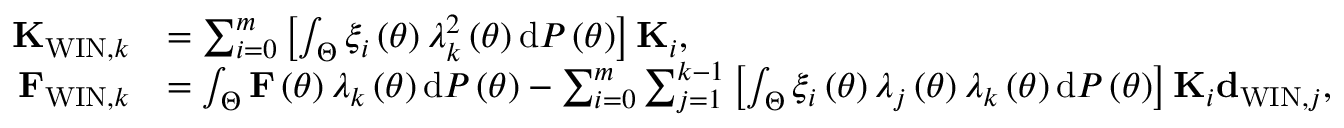
\begin{array} { r l } { { \bf K } _ { \mathrm { W I N } , k } } & { = \sum _ { i = 0 } ^ { m } \left[ \int _ { \Theta } \xi _ { i } \left( \theta \right) \lambda _ { k } ^ { 2 } \left( \theta \right) \mathrm { d } { \cal P } \left( \theta \right) \right] { \bf K } _ { i } , } \\ { { \bf F } _ { \mathrm { W I N } , k } } & { = \int _ { \Theta } { \bf F } \left( \theta \right) \lambda _ { k } \left( \theta \right) \mathrm { d } { \cal P } \left( \theta \right) - \sum _ { i = 0 } ^ { m } \sum _ { j = 1 } ^ { k - 1 } \left[ \int _ { \Theta } \xi _ { i } \left( \theta \right) \lambda _ { j } \left( \theta \right) \lambda _ { k } \left( \theta \right) \mathrm { d } { \cal P } \left( \theta \right) \right] { \bf K } _ { i } { \bf d } _ { \mathrm { W I N } , j } , } \end{array}